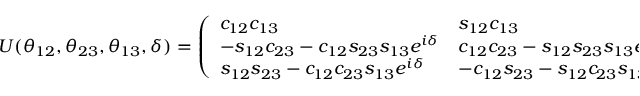
U ( \theta _ { 1 2 } , \theta _ { 2 3 } , \theta _ { 1 3 } , \delta ) = \left( \begin{array} { l l l } { { c _ { 1 2 } c _ { 1 3 } } } & { { s _ { 1 2 } c _ { 1 3 } } } & { { s _ { 1 3 } e ^ { - i \delta } } } \\ { { - s _ { 1 2 } c _ { 2 3 } - c _ { 1 2 } s _ { 2 3 } s _ { 1 3 } e ^ { i \delta } } } & { { c _ { 1 2 } c _ { 2 3 } - s _ { 1 2 } s _ { 2 3 } s _ { 1 3 } e ^ { i \delta } } } & { { s _ { 2 3 } c _ { 1 3 } } } \\ { { s _ { 1 2 } s _ { 2 3 } - c _ { 1 2 } c _ { 2 3 } s _ { 1 3 } e ^ { i \delta } } } & { { - c _ { 1 2 } s _ { 2 3 } - s _ { 1 2 } c _ { 2 3 } s _ { 1 3 } e ^ { i \delta } } } & { { c _ { 2 3 } c _ { 1 3 } } } \end{array} \right) .